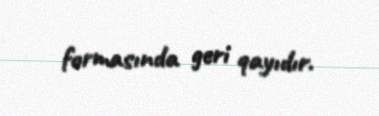
formasında geri qayıdır.